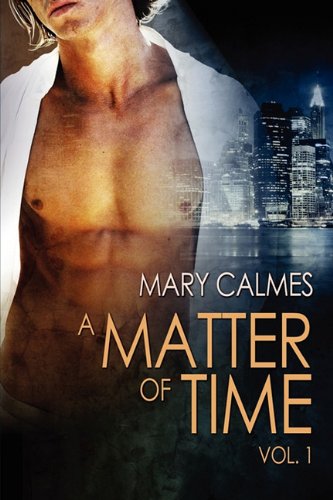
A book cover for A Matter of Time: Vol. 1; Mary Calmes; Romance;